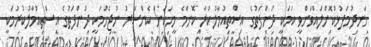
ހަނދުމަފުޅުކޮށްލައްވަންވީ ކަމަކީ ދުންފަތުގެ އިސްތިއުމާލުކުރާ ކޮންމެ މީހަކަށް ކެންސަރު ނުޖެހުމަކީ ދުންފަތުގެ އިސްތިއުމާލުކުރުމަކީ